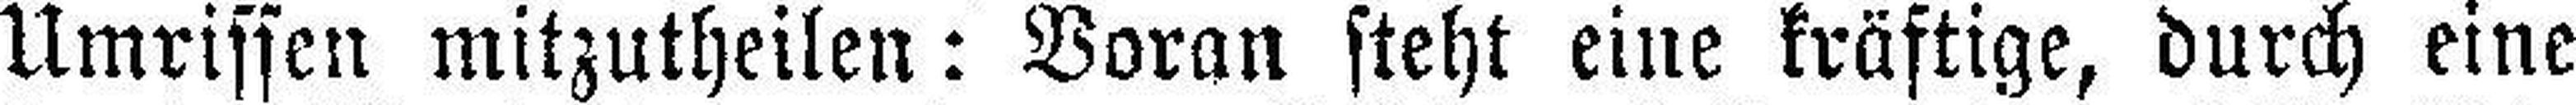
Umrissen mitzutheilen: Voran steht eine kräftige, durch eine